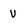
Character: V